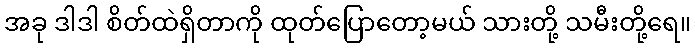
အခု ဒါဒါ စိတ်ထဲရှိတာကို ထုတ်ပြောတော့မယ် သားတို့ သမီးတို့ရေ။